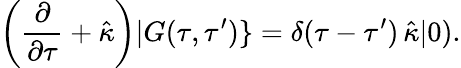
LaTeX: \left(\frac{\partial}{\partial\tau}+\hat{\kappa}\right)|G(\tau,\tau^{\prime})\} =\delta(\tau-\tau^{\prime})\, \hat{\kappa}|0).